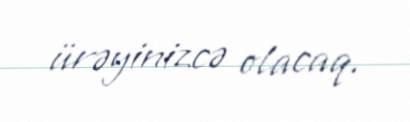
ürəyinizcə olacaq.